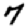
Digit: 7